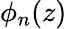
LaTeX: \phi_{n}(z)